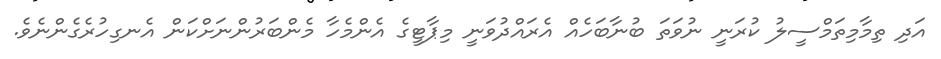
އަދި ތިމާމިތަމްސީލު ކުރަނީ ނުވަތަ ބުނާބަހެއް އެރައްދުވަނީ މިޕާޓީގެ އެންމެހާ މެންބަރުންނަށްކަން އެނގިހުރެގެންނެވެ.